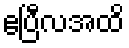
ဧပြီလအထိ